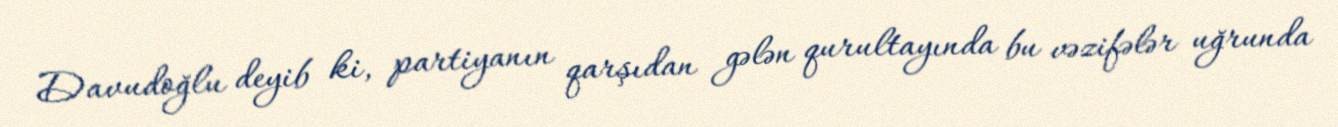
Davudoğlu deyib ki, partiyanın qarşıdan gələn qurultayında bu vəzifələr uğrunda